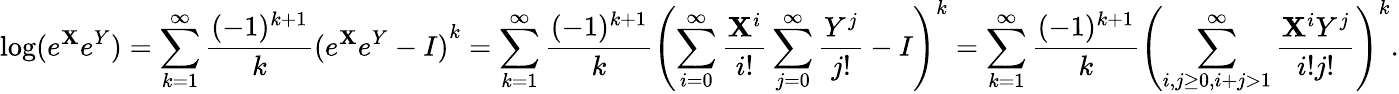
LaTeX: \log(e^{\mathbf{X}}e^{Y})=\sum_{k=1}^{\infty}{\frac{{(-1)^{k+1}}}{{k}}}{(e^{\mathbf{X}}e^{Y}-I)}^{k}=\sum_{k=1}^{\infty}{\frac{{(-1)^{k+1}}}{{k}}}\left({\sum_{i=0}^{\infty}{\frac{{\mathbf{X}^{i}}}{{i!}}}\sum_{j=0}^{\infty}{\frac{{Y^{j}}}{{j!}}}-I}\right)^{k}=\sum_{k=1}^{\infty}{\frac{{(-1)^{k+1}}}{{k}}}\left(\sum_{i,j\geq0,i+j>1}^{\infty}{\frac{{\mathbf{X}^{i}Y^{j}}}{{i!j!}}}\right)^{k}.